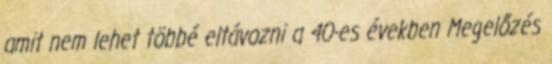
amit nem lehet többé eltávozni a 40-es években Megelőzés